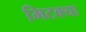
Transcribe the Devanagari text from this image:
मिटक्या